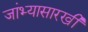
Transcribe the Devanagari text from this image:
जांभ्यासारखी